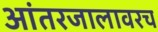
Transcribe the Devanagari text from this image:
आंतरजालावरच